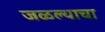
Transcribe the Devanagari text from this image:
जळल्याचा